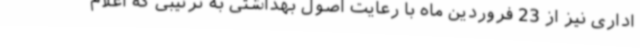
اداری نیز از 23 فروردین ماه با رعایت اصول بهداشتی به ترتیبی که اعلام